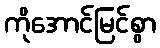
ကိုအောင်မြင်စွာ